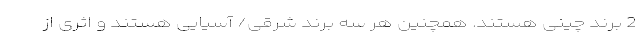
2 برند چینی هستند. همچنین هر سه برند شرقی/ آسیایی هستند و اثری از